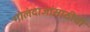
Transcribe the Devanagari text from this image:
गोलंदाजांसाठीची